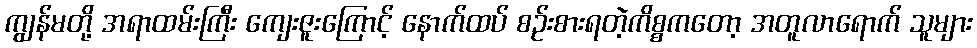
ကျွန်မတို့ အရာထမ်းကြီး ကျေးဇူးကြောင့် နောက်ထပ် စဉ်းစားရတဲ့ကိစ္စကတော့ အတူလာရောက် သူများ